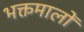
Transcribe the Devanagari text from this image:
भक्तमालों